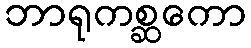
ဘာရုကစ္ဆကော